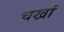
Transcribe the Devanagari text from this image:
चर्खों